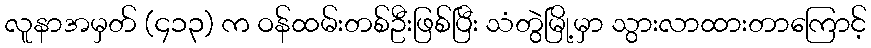
လူနာအမှတ် (၄၁၃) က ဝန်ထမ်းတစ်ဦးဖြစ်ပြီး သံတွဲမြို့မှာ သွားလာထားတာကြောင့်